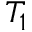
T _ { 1 }